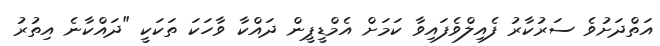
އަތްދަށުވެ ސަރުކާރު ފެއިލްވެފައިވާ ކަމަށް އެމްޑީޕީން ދައްކާ ވާހަކަ ތަކަކީ "ދައްކާނެ އިތުރު